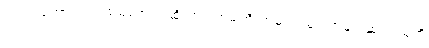
တပည့်တော်။ ။“ပထမကျော်”ဆိုတာ ပထမကြီးထဲမှာ အမှတ်အများဆုံး ရသူကို